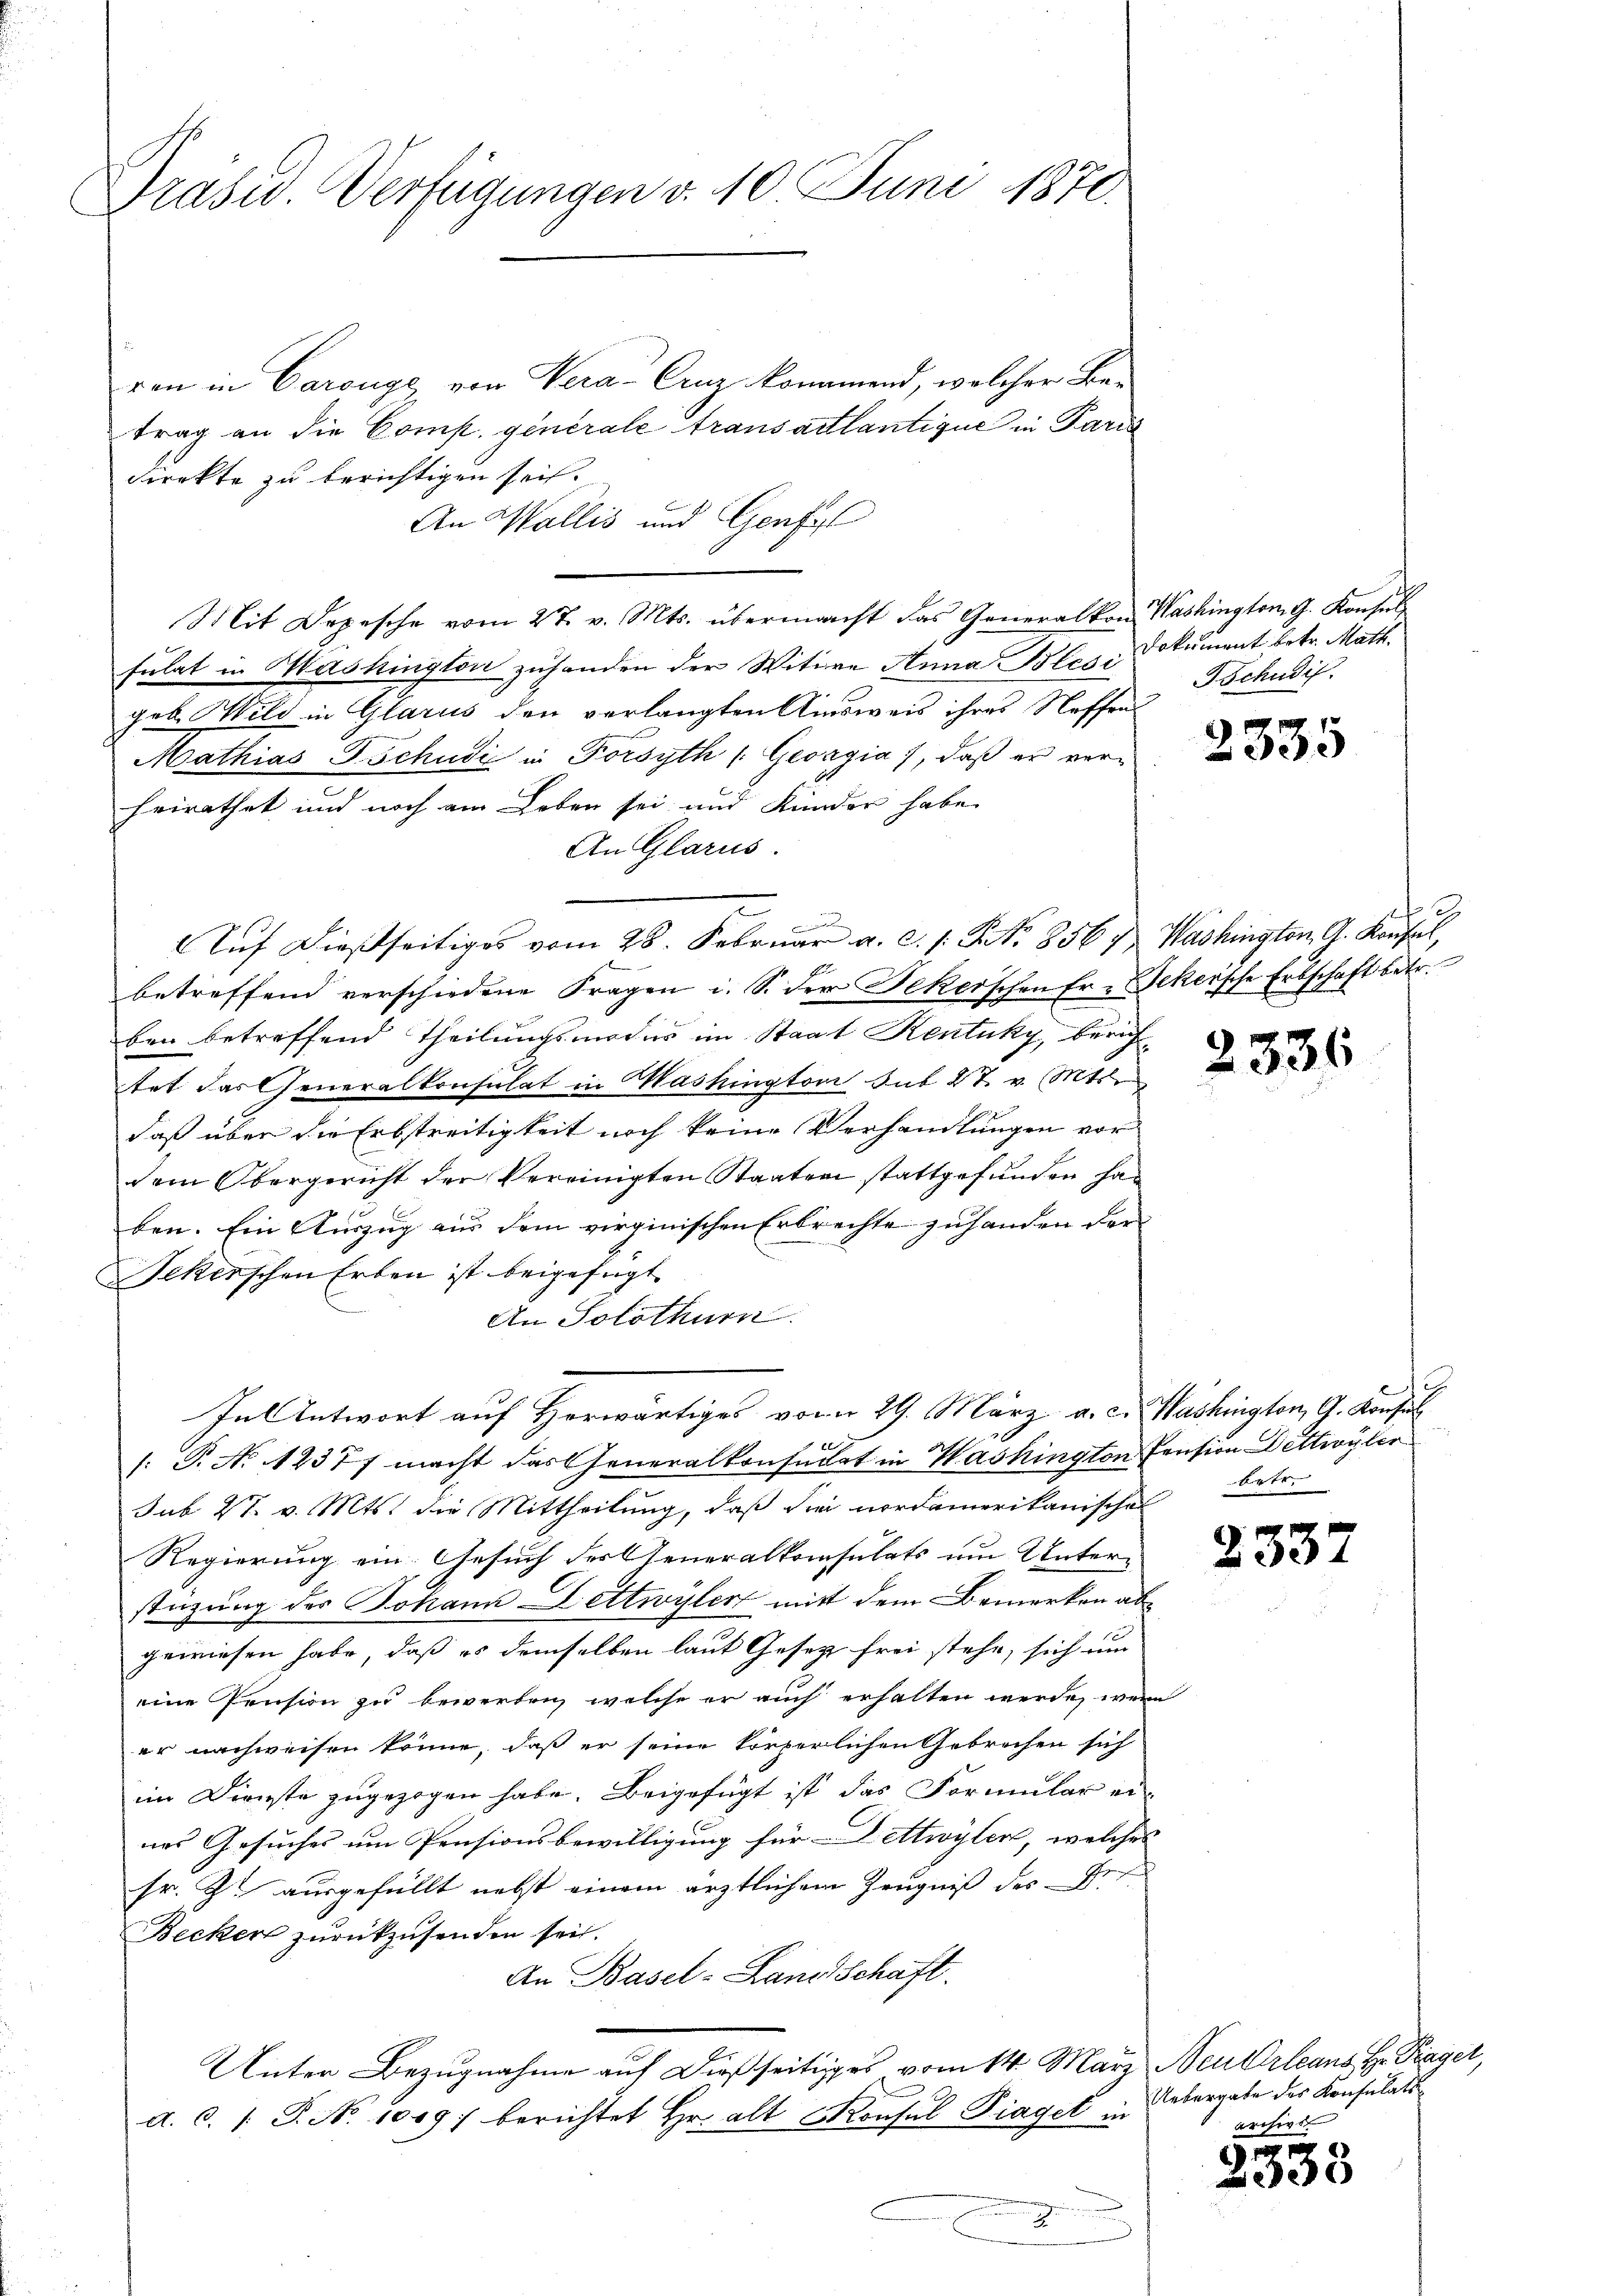
Prasiv. Verfügungen d. 10 Juni 1870.

ren in Carouge von Vera-Cruz kommend, welcher Betrag an die Comp. generale Transattlantique in Paris
direkte zu berichtigen sei.
An Wallis und Genfel
Mit Depesche vom 27. v. Mts. übermacht das Generalkon Washington G. Konsul
sulat in Washington zuhanden der Witwe Anna Blesi Dokument betr. Math.
geb. Wild in Glarus den verlangten Ausweis ihres Neffen
Mathias Tschudi in Forsyth /: Georgia), daß er verheirathet und noch am Leben sei und Kinder habe
An Glarus.
Auf dießseitiges vom 28. Februar a. c. s. St. 856 u. Washington G. Konsul,
betreffend verschiedene Fragen i. S. der Tekerschen Er- Jekersche Erbschaft betr.
ben betreffend Theilungsmordes im Staat Rentuky, berichtet das Generalkonsulat in Mashington sub 27. v. Mts.
daß über die Erbstreitigkeit noch keine Verhandlungen vor
dem Obergericht der Vereinigten Staaten stattgefunden han
ben. Ein Auszug aus dem virginischen Erbrechte zuhanden der
Sekerschen Erben ist beigefügt
An Solothurn.
In Antwort auf Herwärtiges vom 29. März a. c. Washington, G. Konsul
/: P. No 12377 macht das Generalkonsudet in Washington Pension Dettwyler
sub 27. v. Mts. die Mittheilung, daß die nordamerikanischen
Regierung ein Gesuch der Generalkonsulats um Unter-
stüzung des Johann Lettwyler mitt dem Bemerken abgewiesen habe, daß es demselben laut Gesetz frei stehe, sich um
eine Pension zu bewerben, welche er auch erhalten werde, wenn
er nachweisen könne, daß er seine körperlichen Gebrechen sich
im Dienste zugezogen habe. Beigefügt ist das Formular ei-
nes Gesuches um Pensionsbewilligung für Dettwyler, welches
sr. Z. ausgefüllt nebst einem ärztlichem Zeugniß des Ver¬
Becker zurückzusenden sei.
An Basel-Land Schaft.
Unter Bezugnahme auf dießseitiges vom 14. März Neu Orleans H. Prager,
d.c. (T. N. 1009; berichtet Hr. alt Konsul Diagel in
2.
n

Tschudif.

2335

2336

betr.

2337

Uebergabe des Konsulatsarchive

e
338